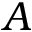
A